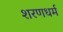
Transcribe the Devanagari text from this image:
शरणधर्म